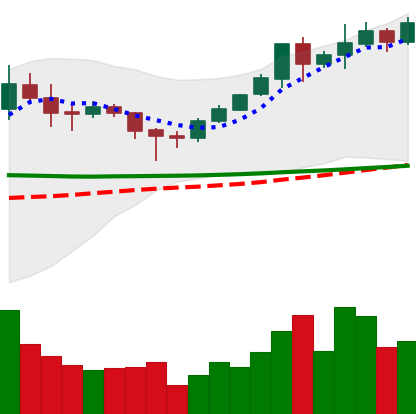
Ticker: XMR-USD
Chart end date: 2020-02-05
Forward return: 8.757%
Label: up_7plus